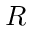
R